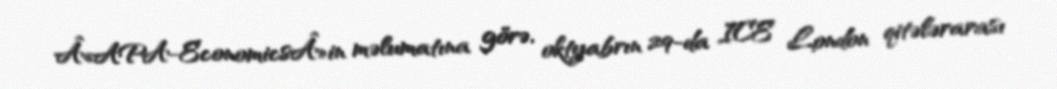
Â«APA-EconomicsÂ»in məlumatına görə, oktyabrın 29-da ICE London qitələrarası